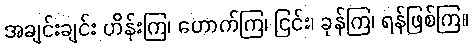
အချင်းချင်း ဟိန်းကြ၊ ဟောက်ကြ၊ ငြင်း၊ ခုန်ကြ၊ ရန်ဖြစ်ကြ။